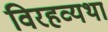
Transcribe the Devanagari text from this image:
विरहव्यथा